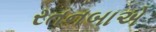
રતનબાએ